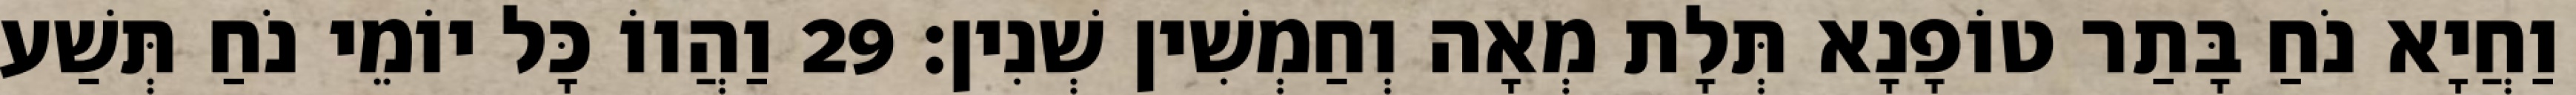
וַחֲיָא נֹחַ בָּתַר טוֹפָנָא תְּלָת מְאָה וְחַמְשִׁין שְׁנִין׃ 29 וַהֲווֹ כָּל יוֹמֵי נֹחַ תְּשַׁע